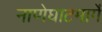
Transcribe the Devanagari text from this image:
नाणेघाटमार्गे